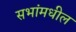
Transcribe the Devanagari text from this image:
सभांमधील